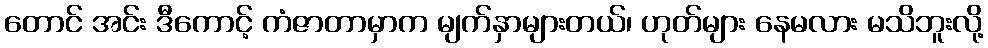
တောင် အင်း ဒီကောင့် ကံဇာတာမှာက မျက်နှာများတယ်၊ ဟုတ်များ နေမလား မသိဘူးလို့